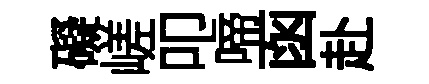
礙嵯叩啼函赴